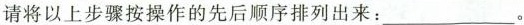
请将以上步骤按操作的先后顺序排列出来：___。